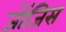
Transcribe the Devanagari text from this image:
जोंजिस